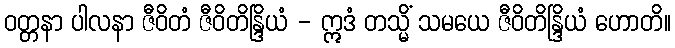
ဝတ္တနာ ပါလနာ ဇီဝိတံ ဇီဝိတိန္ဒြိယံ - ဣဒံ တသ္မိံ သမယေ ဇီဝိတိန္ဒြိယံ ဟောတိ။